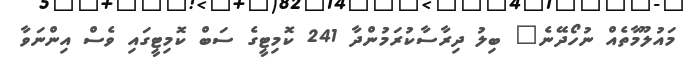
މައުލޫމާތެއް ނުހޯދޭނެ" ބިލު ދިރާސާކުރަމުންދާ 241 ކޮމިޓީގެ ސަބް ކޮމިޓީގައި ވެސް އިންނަވާ